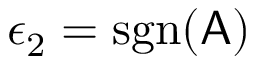
\epsilon _ { 2 } = \mathrm { s g n } ( \mathsf { A } )